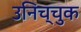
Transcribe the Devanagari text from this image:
उनिच्चुक